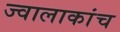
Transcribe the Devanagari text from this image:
ज्वालाकांच